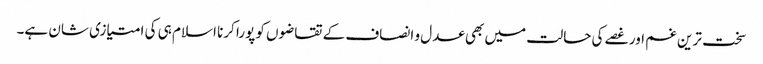
سخت ترین غم اور غصے کی حالت میں بھی عدل و انصاف کے تقاضوں کو پورا کرنا اسلام ہی کی امتیازی شان ہے۔